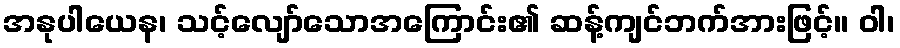
အနုပါယေန၊ သင့်လျော်သောအကြောင်း၏ ဆန့်ကျင်ဘက်အားဖြင့်။ ဝါ၊